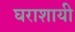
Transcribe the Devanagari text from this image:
घराशायी